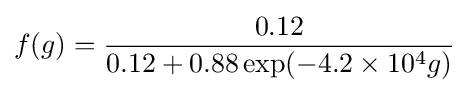
f(g)={\frac {0.12}{0.12+0.88\exp(-4.2\times 10^{4}g)}}